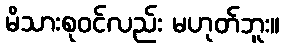
မိသားစုဝင်လည်း မဟုတ်ဘူး။